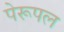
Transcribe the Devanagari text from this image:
पेरूपल